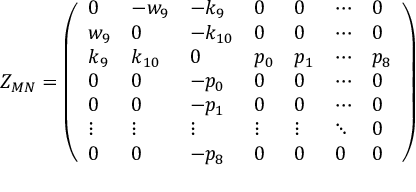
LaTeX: Z _ { M N } = \left( \begin{array} { l l l l l l l } { { 0 } } & { { - w _ { 9 } } } & { { - k _ { 9 } } } & { { 0 } } & { { 0 } } & { { \cdots } } & { { 0 } } \\ { { w _ { 9 } } } & { { 0 } } & { { - k _ { 1 0 } } } & { { 0 } } & { { 0 } } & { { \cdots } } & { { 0 } } \\ { { k _ { 9 } } } & { { k _ { 1 0 } } } & { { 0 } } & { { p _ { 0 } } } & { { p _ { 1 } } } & { { \cdots } } & { { p _ { 8 } } } \\ { { 0 } } & { { 0 } } & { { - p _ { 0 } } } & { { 0 } } & { { 0 } } & { { \cdots } } & { { 0 } } \\ { { 0 } } & { { 0 } } & { { - p _ { 1 } } } & { { 0 } } & { { 0 } } & { { \cdots } } & { { 0 } } \\ { { \vdots } } & { { \vdots } } & { { \vdots } } & { { \vdots } } & { { \vdots } } & { { \ddots } } & { { 0 } } \\ { { 0 } } & { { 0 } } & { { - p _ { 8 } } } & { { 0 } } & { { 0 } } & { { 0 } } & { { 0 } } \end{array} \right)